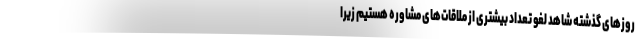
روزهای گذشته شاهد لغو تعداد بیشتری از ملاقات‌های مشاوره هستیم زیرا